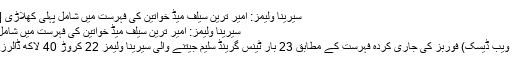
سیرینا ولیمز: امیر ترین سیلف میڈ خواتین کی فہرست میں شامل پہلی کھلاڑی | NewsLab
سیرینا ولیمز: امیر ترین سیلف میڈ خواتین کی فہرست میں شامل پہلی کھلاڑی
لاہور(نیوزلیب ویب ڈیسک) فوربز کی جاری کردہ فہرست کے مطابق 23 بار ٹینس گرینڈ سلیم جیتنے والی سیرینا ولیمز 22 کروڑ 40 لاکھ ڈالرز کی مالک ہیں۔